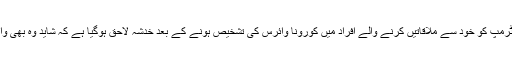
امریکی صدر ڈونلڈ ٹرمپ کو خود سے ملاقاتیں کرنے والے افراد میں کورونا وائرس کی تشخیص ہونے کے بعد خدشہ لاحق ہوگیا ہے کہ شاید وہ بھی وائرس سے متاثر ہیں۔